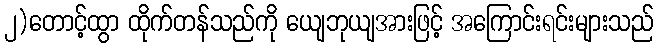
၂)တောင့်ထွာ ထိုက်တန်သည်ကို ယျေဘုယျအားဖြင့် အကြောင်းရင်းများသည်